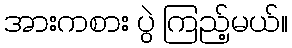
အားကစား ပွဲ ကြည့်မယ်။